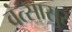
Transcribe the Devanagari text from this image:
वंत्सासुर